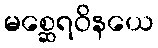
မစ္ဆေရဝိနယေ